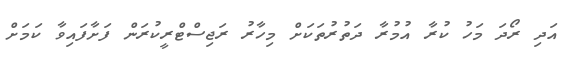
އަދި ރޯދަ މަހު ކުރާ އުމުރާ ދަތުރުތަކަށް މިހާރު ރަޖިސްޓްރީކުރަން ފަށާފައިވާ ކަަމަށް